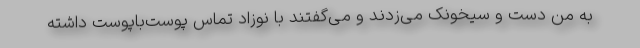
به من دست و سیخونک می‌زدند و می‌گفتند با نوزاد تماس پوست‌با‌پوست داشته